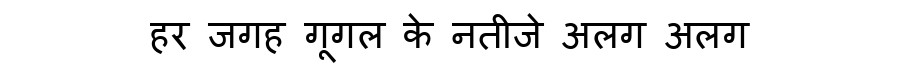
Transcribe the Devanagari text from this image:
हर जगह गूगल के नतीजे अलग अलग